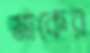
মাকের